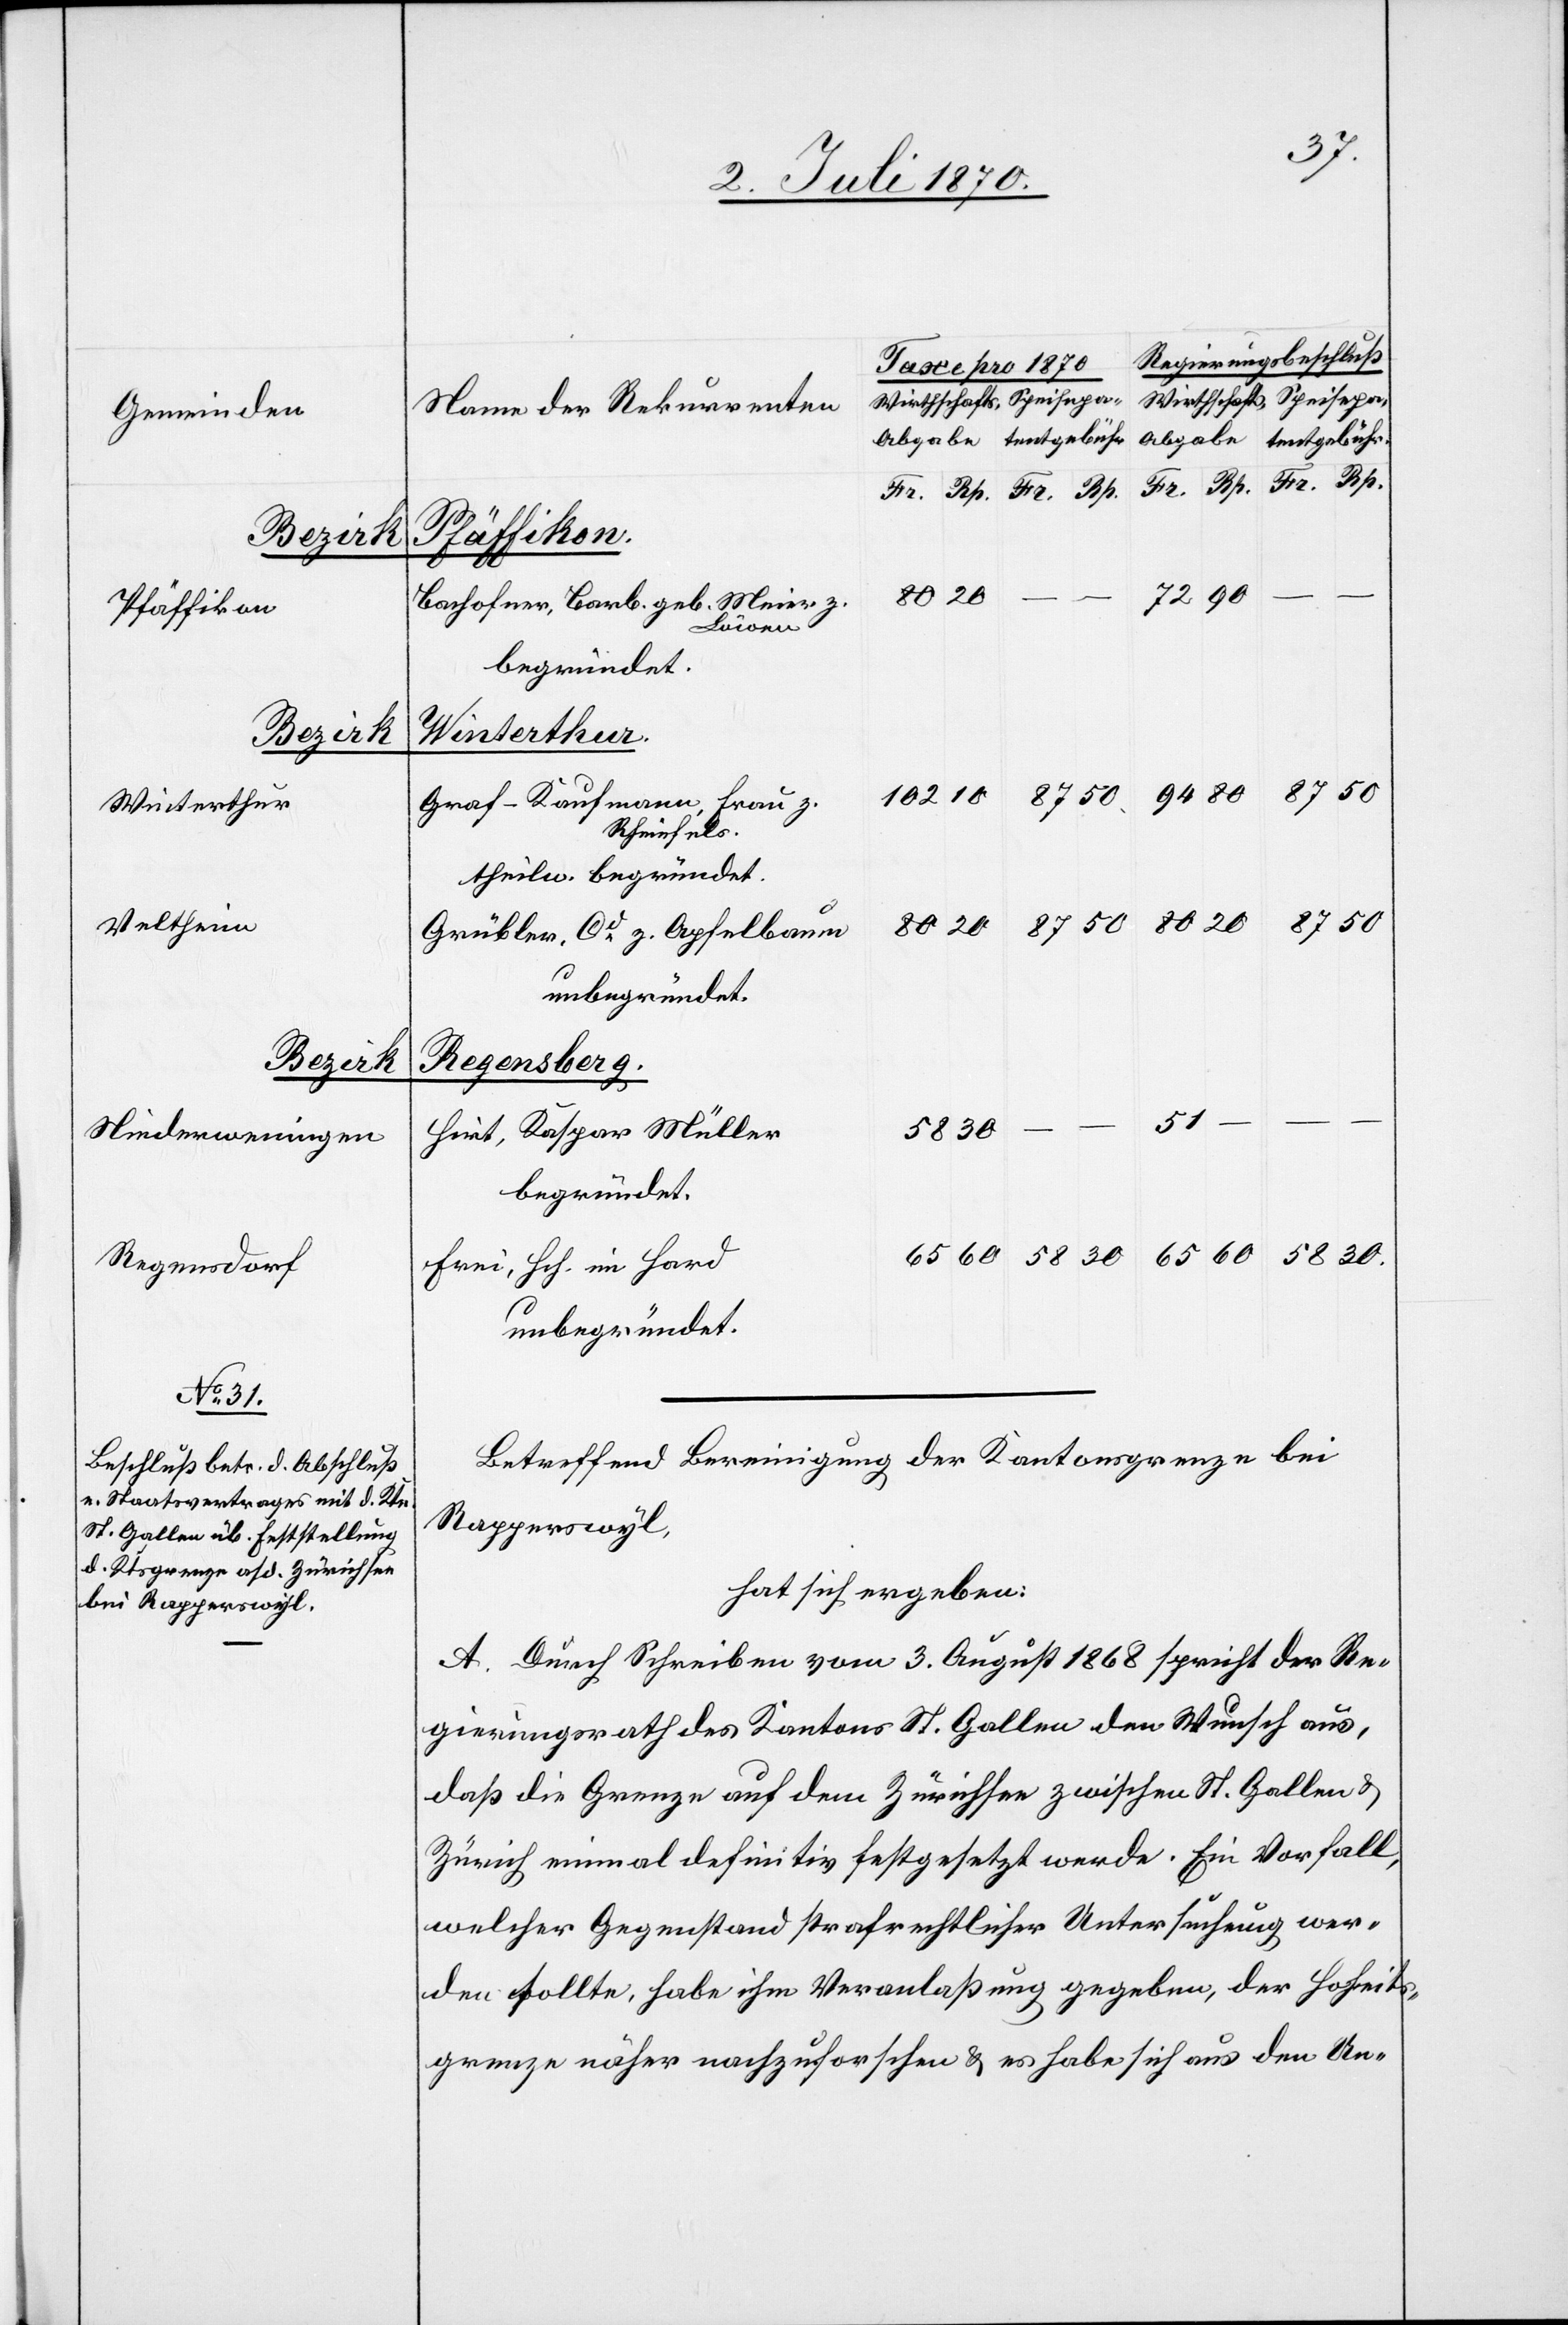
Pfäffikon
Winterthur
Veltheim
Bezirk
Niederweningen
Regensdorf

102
Bachofner, Barb. geb. Meier z.
Löwen
Graf-Kaufmann, Frau z.
Rheinfels.
theilw. begründet.
Grübler, Cd z. Apfelbaum
Regensberg.
58
Hirt, Kaspar Müller
begründet.
Frei, Hch. im Hard
unbegründet.
Betreffend Bereinigung der Kantonsgrenze bei
Rapperswyl,
hat sich ergeben:
A. Durch Schreiben vom 3. August 1868 spricht der Re¬
gierungsrath des Kantons St. Gallen den Wunsch aus,
daß die Grenze auf dem Zürichsee zwischen St. Gallen &
Zürich einmal definitiv festgesetzt werde. Ein Vorfall,
welcher Gegenstand strafrechtlicher Untersuchung wer¬
den sollte, habe ihm Veranlaßung gegeben, der Hoheits¬
grenze näher nachzuforschen & es habe sich aus den Un-